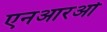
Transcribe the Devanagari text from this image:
एनआरओ